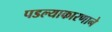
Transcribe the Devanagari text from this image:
पडल्याकारणाने